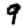
Digit: 9